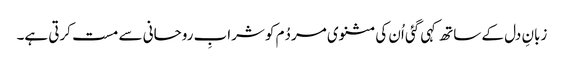
زبانِ دل کے ساتھ کہی گئی اُن کی مثنوی مردُم کو شرابِ روحانی سے مست کرتی ہے۔